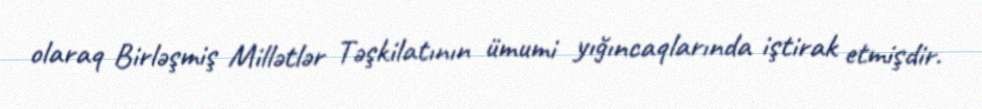
olaraq Birləşmiş Millətlər Təşkilatının ümumi yığıncaqlarında iştirak etmişdir.